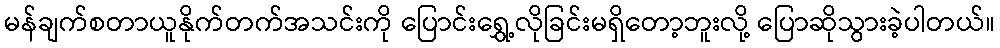
မန်ချက်စတာယူနိုက်တက်အသင်းကို ပြောင်းရွှေ့လိုခြင်းမရှိတော့ဘူးလို့ ပြောဆိုသွားခဲ့ပါတယ်။